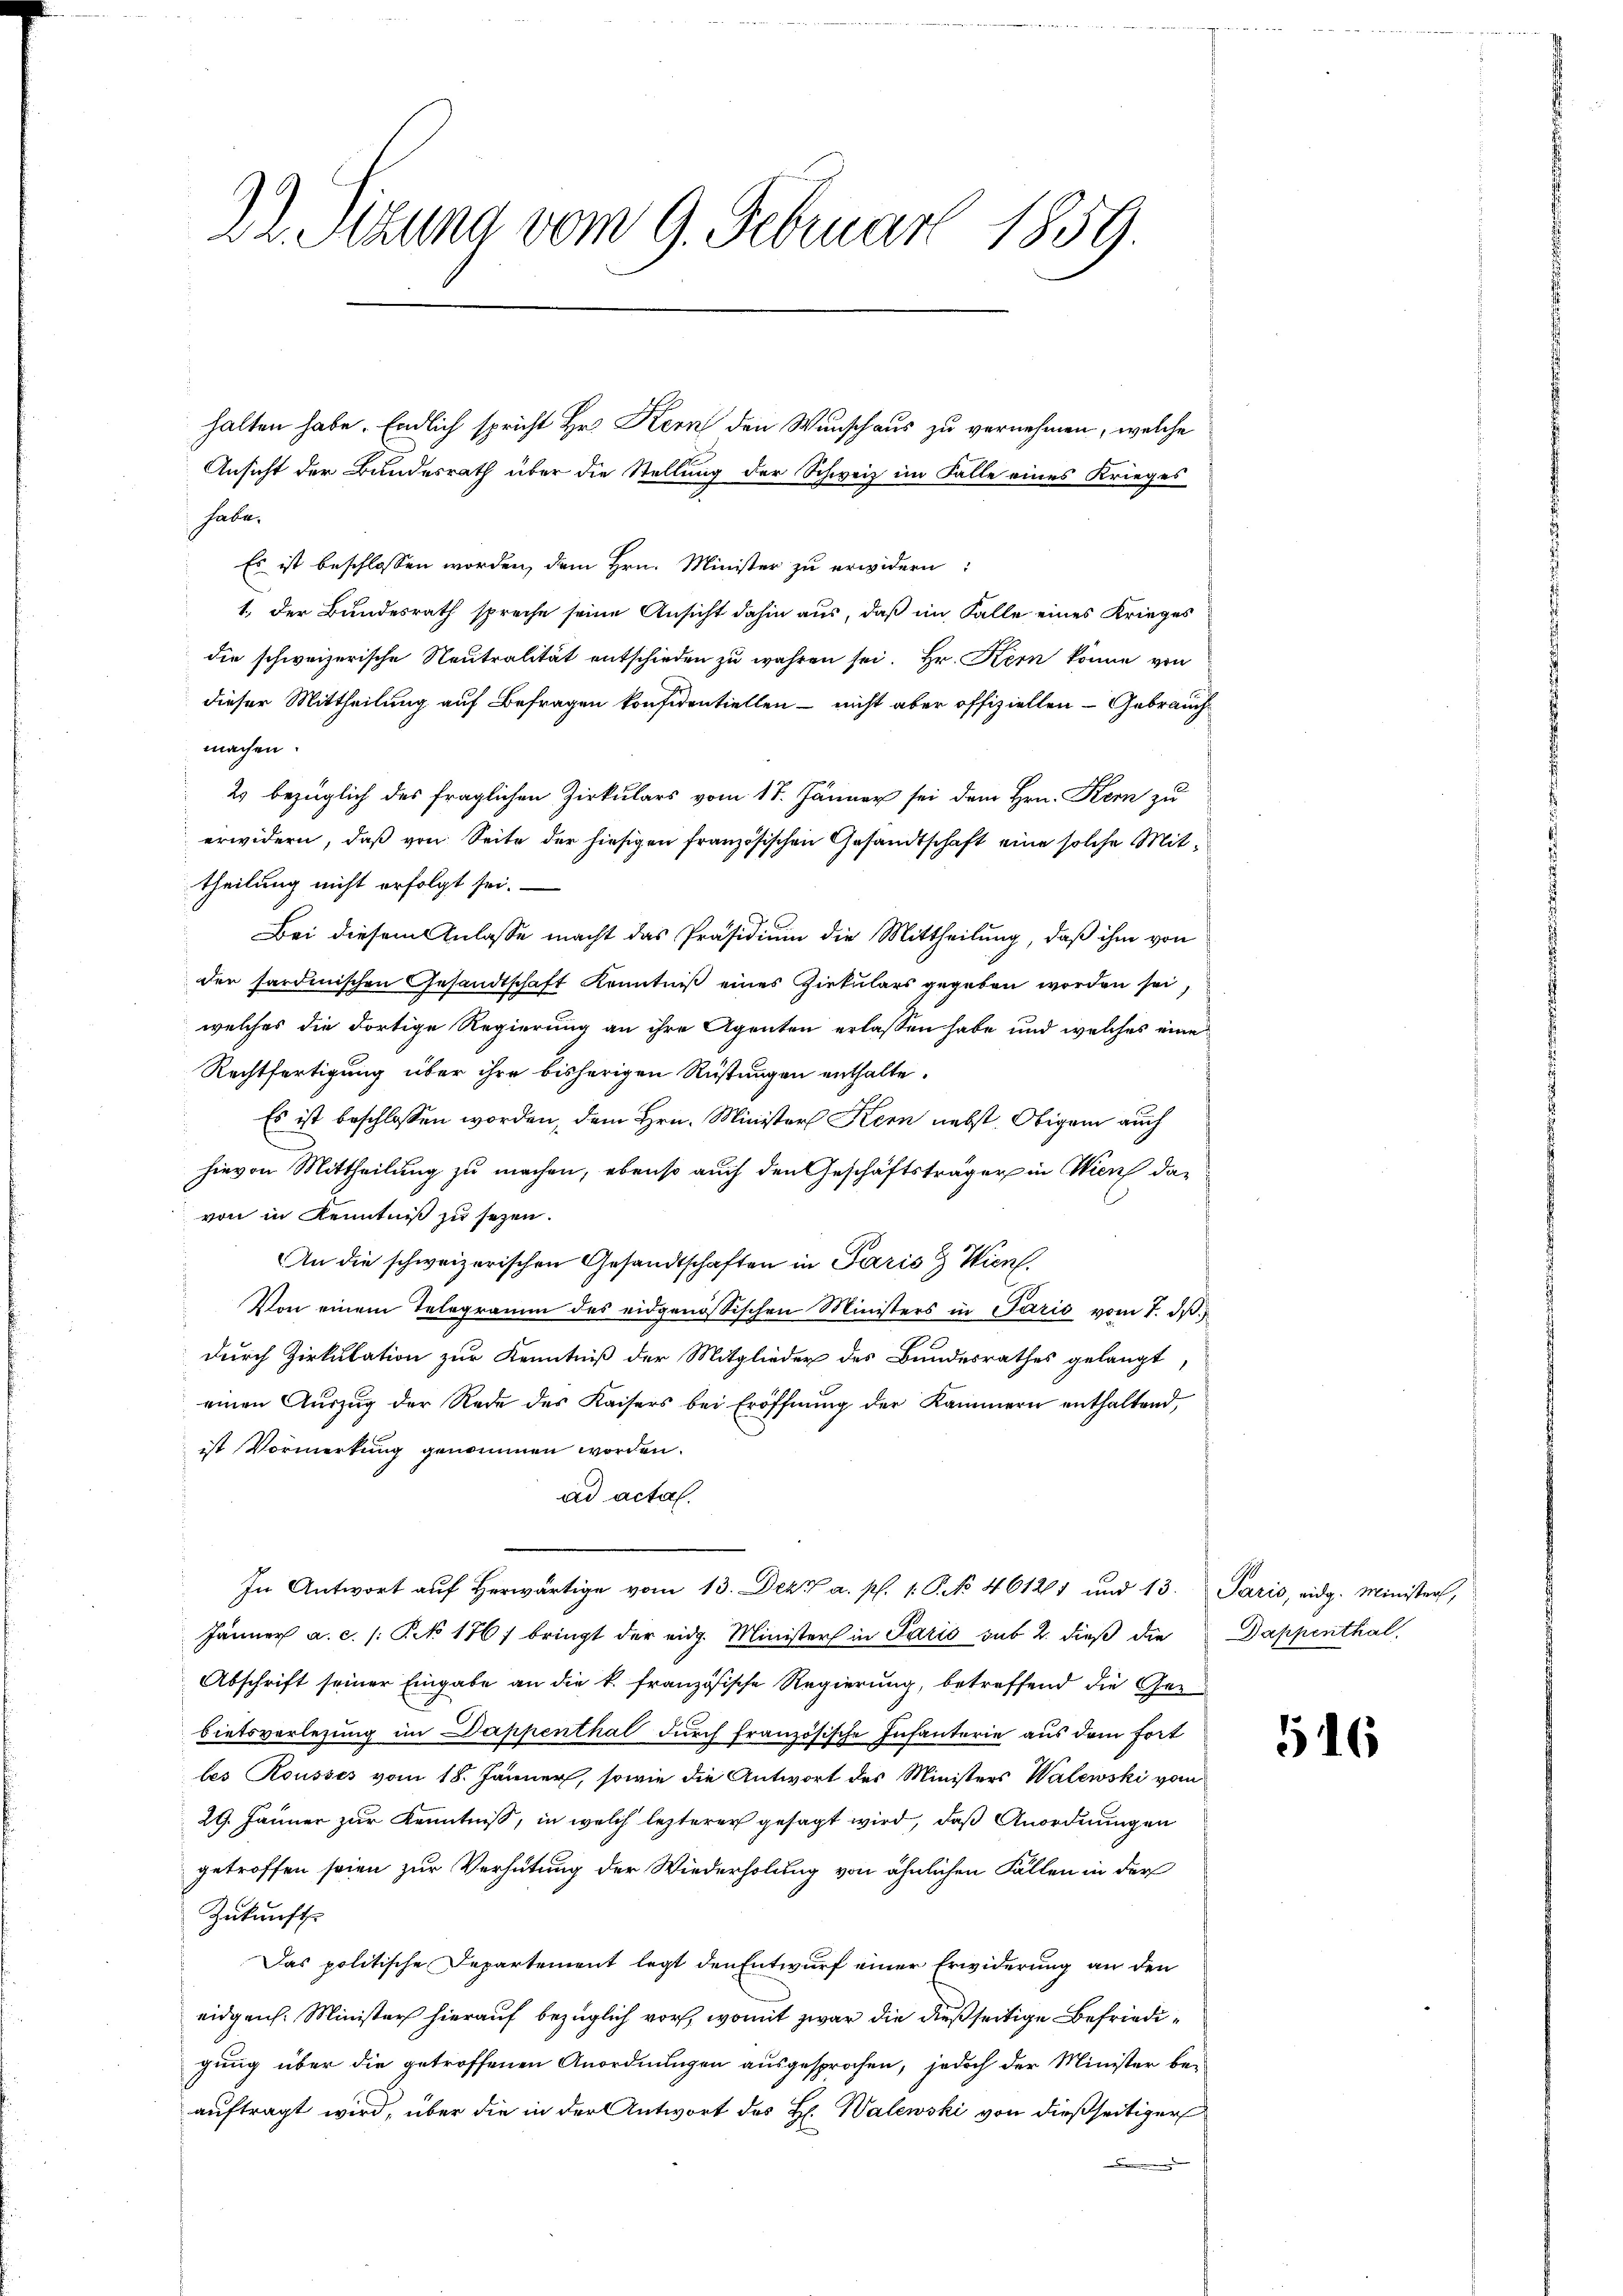
Ansicht der Bundesrath über die Stellung der Schweiz im Falle eines Krieges
habe.
Es ist beschlossen worden, dem Hrn. Minister zu erwidern:
1. Der Bundesrath spreche seine Ansicht dahin aus, daß im Falle eines Krieges
die schweizerische Neutralität entschieden zu wahren sei. Hr. Kern könne von
dieser Mittheilung auf Befragen konfidentiellen – nicht aber offiziellen - Gebrauch
machen.
2 bezüglich des fraglichen Zirkulars vom 17. Jänner sei dem Hrn. Kern zu
erwidern, daß von Seite der hiesigen französischen Gesandtschaft eine solche Mittheilung nicht erfolgt sei.
Bei diesem Anlasse macht das Präsidium die Mittheilung, daß ihm von
der sardinischen Gesandtschaft Kenntniß eines Zirkulars gegeben worden sei,
welches die dortige Regierung an ihre Agenten erlassen habe und welches eine
Rechtfertigung über ihre bisherigen Rüstungen enthalte.
Es ist beschlossen worden, dem Hrn. Minister Stern nebst Obigem auch
hievon Mittheilung zu machen, ebenso auch den Geschäftsträger in Wien dar
von in Kenntniß zu sezen.
An die schweizerischen Gesandtschaften in Paris & Wien.
Von einem Telegramm des eidgenössischen Ministers in Paris vom 7. ds.
durch Zirkulation zur Kenntniß der Mitglieder des Bundesrathes gelangt,
einen Aŭszŭg der Rede des Kaisers bei Eröffnŭng der Kammern enthaltend,
ist Vormerkung genommen worden.
ad actal.
In Antwort auf herwärtige vom 13. Dez. a. p. 1. P. No 461261 und 13.
Jänner a. c. /: P 1767 bringt der eidg. Ministers in Paris sub 2. dieß die
Abschrift seiner Eingabe an die k. französische Regierung, betreffend die Gebietsverlegung im Dappenthal durch französische Infanterie aus dem fort
les Rousses vom 18. Jänner, sowie die Antwort des Ministers Walewski vom
29. Jänner zur Kenntniß, in welch lezterer gesagt wird, daß Anordnungen
getroffen seien zur Verhütung der Wiederholung von ähnlichen Fällen in der
Zukunft
Das politische Departement legt den Entwurf einer Erwiderung an den
eidgen. Minister hierauf bezüglich vor, womit zwar die dießseitige Befriedigung über die getroffenen Anordnungen ausgesprochen, jedoch der Minister beauftragt wird, über die in der Antwort des H. Walewski von dießseitiger

22. Sitzung vom 9. Februar 1859.

halten habe. Endlich spricht Hr. Kern den Wunschaus zu vernehmen, welche

Paris, eidg. Minister,
Dappenthal.

6